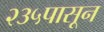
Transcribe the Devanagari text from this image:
२३५पासून